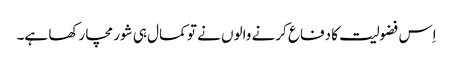
اِس فضولیت کا دفاع کرنے والوں نے تو کمال ہی شور مچا رکھا ہے۔